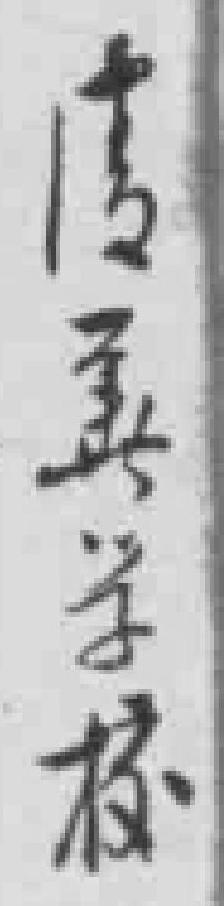
清美学校